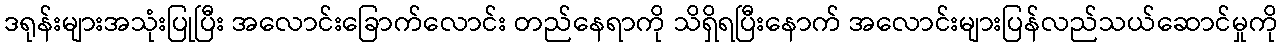
ဒရုန်းများအသုံးပြုပြီး အလောင်းခြောက်လောင်း တည်နေရာကို သိရှိရပြီးနောက် အလောင်းများပြန်လည်သယ်ဆောင်မှုကို